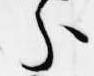
分